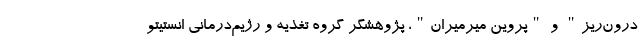
درون‌ریز" و "پروین میرمیران"، پژوهشگر گروه تغذیه و رژیم‌درمانی انستیتو